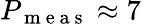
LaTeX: P_{\mathrm{~m~e~a~s~}}\approx 7